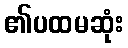
၏ပထမဆုံး